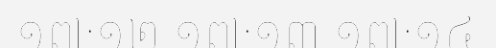
១៧:១២ ១៧:១៣ ១៧:១៤